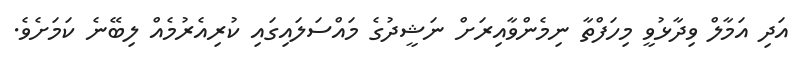
އަދި އަމާލް ވިދާޅުވީ މިހަފްތާ ނިމެންވާއިރަށް ނަޝީދުގެ މައްސަލައިގައި ކުރިއެރުމެއް ލިބޭނެ ކަމަށެވެ.